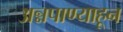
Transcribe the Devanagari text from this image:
अन्नपाण्याहून